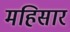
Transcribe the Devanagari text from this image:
महिसार